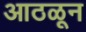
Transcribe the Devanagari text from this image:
आठळून